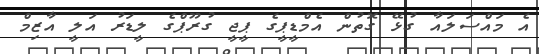
އެ މައްސަލައާ ގުޅޭ ގޮތުން އެމްޑީޕީގެ ޕީޖީ ގުރޫޕްގެ ލީޑަރު އަލީ އާޒިމް